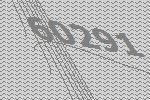
60291